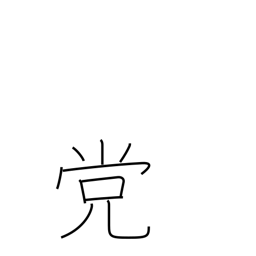
Meaning: faction